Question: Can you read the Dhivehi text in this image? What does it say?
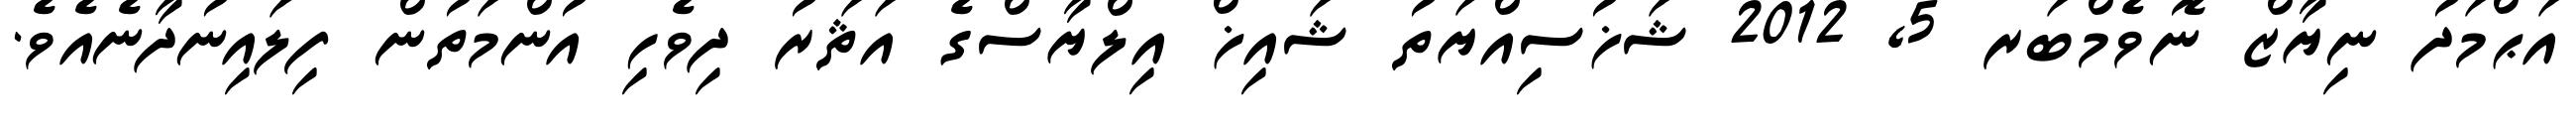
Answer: އަޙްމަދު ނިޔާޒް ނޮވެމްބަރ 5, 2012 ޝަޚުސިއްޔަތު ޝައިޚް އިލްޔާސްގެ އަޘަރު ދިވެހި އުންމަތުން ފިލައިނުދާނެއެވެ.